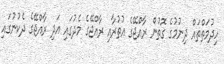
ހިދުމަތްތައް ދިނުމުގެ ގޮތުން ރާއްޖޭގެ އުތުރާއި ރާއްޖޭގެ މެދުގައި އަދި ރާއްޖޭގެ ދެކުނުގައި